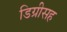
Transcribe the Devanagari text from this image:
डिग्रीसह